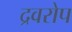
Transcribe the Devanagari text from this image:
द्रवरोप